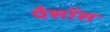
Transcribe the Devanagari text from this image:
पैसॉस